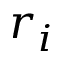
r _ { i }